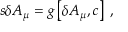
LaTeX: s \delta A _ { \mu } = g \left[ \delta A _ { \mu } , c \right] \; ,